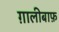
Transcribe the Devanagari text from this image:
ग़ालीबाफ़